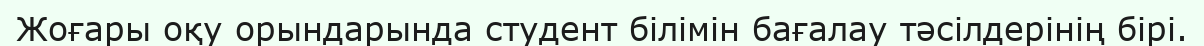
Жоғары оқу орындарында студент білімін бағалау тәсілдерінің бірі.